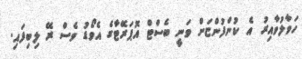
ހަވާލުވާއިރު އެ ކުންފުންޏަށް ވަނީ ބެސްޓް އޮޕަރޭޓާގެ އެވޯޑު ވެސް ރޭ ލިބިފައި.